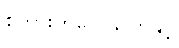
စကားတပြောပြောနှင့်